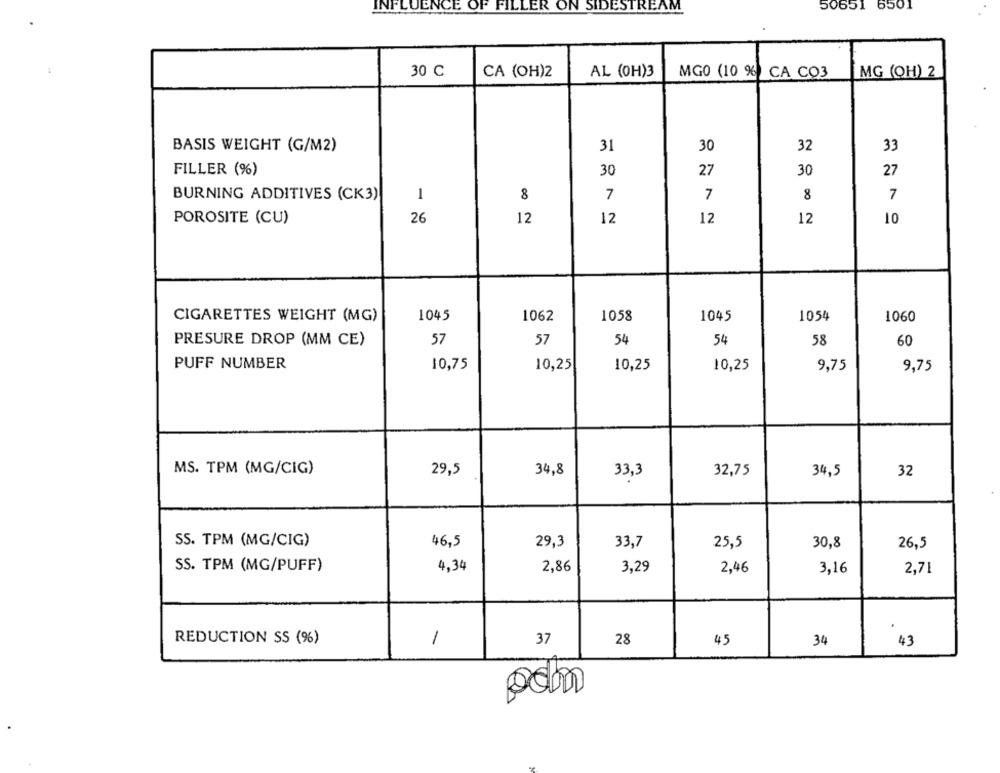
INFLUENCE OF FILLER ON SIDESTREAM
50651 6501
30 C
CA (OH)2
AL (OH)3
MG0 (10 %) CA CO3
MG (OH) 2
BASIS WEIGHT (G/M2)
31
30
32
33
30
30
27
FILLER (%)
27
BURNING ADDITIVES (CK3)
1
8
7
7
8
7
POROSITE (CU)
26
12
12
12
12
10
CIGARETTES WEIGHT (MG)
1045
1062
1058
1045
1054
1060
57
57
54
54
58
PRESURE DROP (MM CE)
60
PUFF NUMBER
10,75
10,25
10,25
10,25
9,75
9,75
MS. TPM (MG/CIG)
29,5
34,8
32,75
32
33,3
34,5
SS. TPM (MG/CIG)
46,5
29,3
33,7
25,5
30,8
26,5
SS. TPM (MG/PUFF)
4,34
2,86
3,29
2,46
3,16
2,71
REDUCTION SS (%)
1
37
28
45
34
43
odm